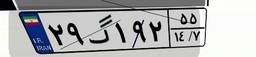
۲۹گ۱۹۲۵۵